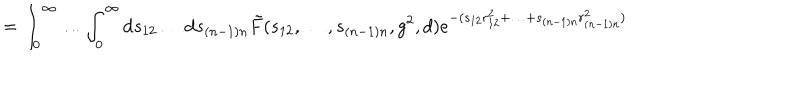
= \int _ { 0 } ^ { \infty } \ldots \int _ { 0 } ^ { \infty } \mathrm { d } s _ { 1 2 } \ldots \mathrm { d } s _ { ( n - 1 ) n } \tilde { F } ( s _ { 1 2 } , \ldots , s _ { ( n - 1 ) n } , g ^ { 2 } , d ) e ^ { - ( s _ { 1 2 } r _ { 1 2 } ^ { 2 } + \ldots + s _ { ( n - 1 ) n } r _ { ( n - 1 ) n } ^ { 2 } ) }